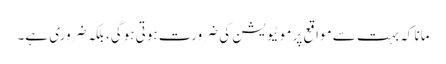
مانا کہ بہت سے مواقع پر موٹیویشن کی ضرورت ہوتی ہوگی، بلکہ ضروری ہے۔